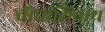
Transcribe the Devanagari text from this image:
चौघांशिवाय